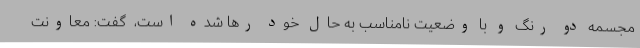
مجسمه دو رنگ و با وضعیت نامناسب به حال خود رها شده است، ‌ گفت: معاونت